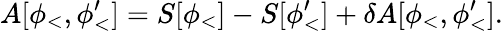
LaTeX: A[\phi_{<},\phi_{<}^{\prime}]=S[\phi_{<}]-S[\phi_{<}^{\prime}]+\delta A[\phi_{<},\phi_{<}^{\prime}].